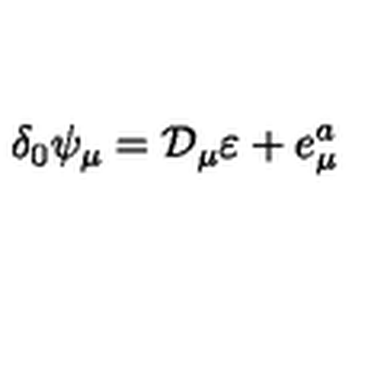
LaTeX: \delta _ { 0 } \psi _ { \mu } = \mathcal { D } _ { \mu } \varepsilon + e _ { \mu } ^ { a }